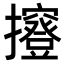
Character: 𢹑